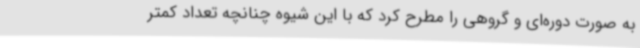
به صورت دوره‌ای و گروهی را مطرح کرد که با این شیوه چنانچه تعداد کمتر